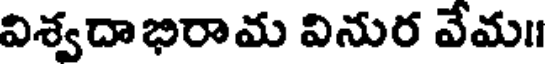
విశ్వదాభిరామ వినుర వేమ॥